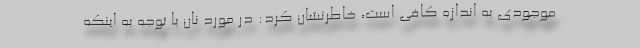
موجودی به اندازه کافی است، خاطرنشان کرد: در مورد نان با توجه به اینکه